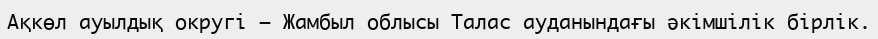
Ақкөл ауылдық округі – Жамбыл облысы Талас ауданындағы әкімшілік бірлік.